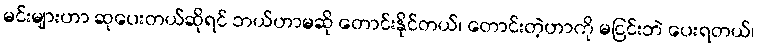
မင်းများဟာ ဆုပေးတယ်ဆိုရင် ဘယ်ဟာမဆို တောင်းနိုင်တယ်၊ တောင်းတဲ့ဟာကို မငြင်းဘဲ ပေးရတယ်၊